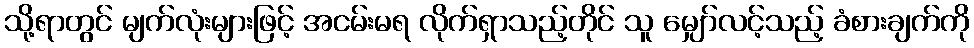
သို့ရာတွင် မျက်လုံးများဖြင့် အငမ်းမရ လိုက်ရှာသည့်တိုင် သူ မျှော်လင့်သည့် ခံစားချက်ကို